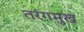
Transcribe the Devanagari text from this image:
तरंगमुख